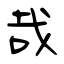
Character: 哉